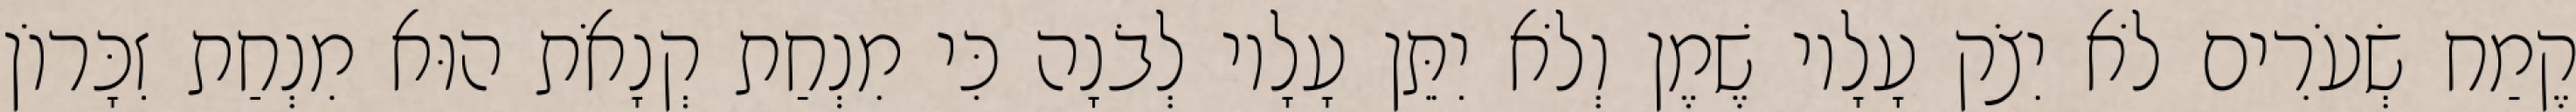
קֶמַח שְׂעֹרִים לֹא יִצֹק עָלָיו שֶׁמֶן וְלֹא יִתֵּן עָלָיו לְבֹנָה כִּי מִנְחַת קְנָאֹת הוּא מִנְחַת זִכָּרוֹן